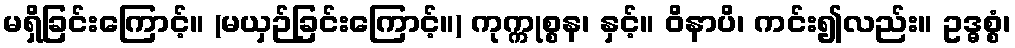
မရှိခြင်းကြောင့်။ (မယှဉ်ခြင်းကြောင့်။) ကုက္ကုစ္စန၊ နှင့်။ ဝိနာပိ၊ ကင်း၍လည်း။ ဥဒ္ဓစ္စံ၊